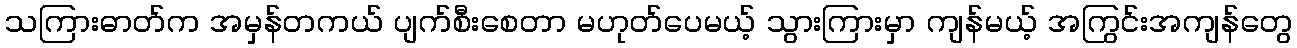
သကြားဓာတ်က အမှန်တကယ် ပျက်စီးစေတာ မဟုတ်ပေမယ့် သွားကြားမှာ ကျန်မယ့် အကြွင်းအကျန်တွေ